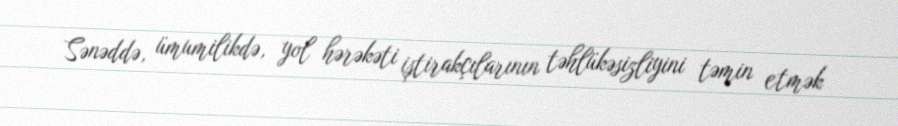
Sənəddə, ümumilikdə, yol hərəkəti iştirakçılarının təhlükəsizliyini təmin etmək